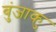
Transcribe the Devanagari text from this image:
बुंजाकु